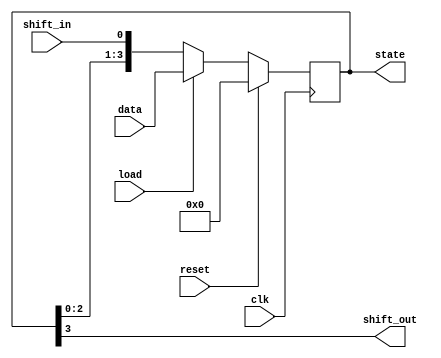
`timescale 1ns / 1ps
//////////////////////////////////////////////////////////////////////////////////
//creates an n-bit shift register for use as a transmission buffer
//////////////////////////////////////////////////////////////////////////////////


module shift_reg(clk, reset, load, data, shift_in, state, shift_out);

parameter n = 4;        //length of register
input clk, reset, load, shift_in;
input [n-1:0] data;            //immediate value to load into register
output reg [n-1:0] state;      //value that is stored in the register
output shift_out;              //most significant bit in the register

always @(posedge clk)
    begin
        if (reset)
        state <= 0;
        else if (load)
        state <= data;
        else
        begin
        state = {state[n-2:0], shift_in};
        end
    end
assign shift_out = state[n-1];
endmodule